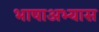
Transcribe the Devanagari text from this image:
भाषाअभ्यास